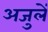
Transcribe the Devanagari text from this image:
अजुलें